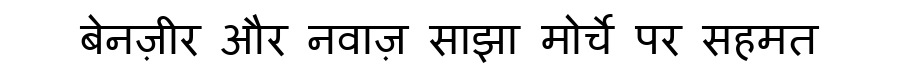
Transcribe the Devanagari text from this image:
बेनज़ीर और नवाज़ साझा मोर्चे पर सहमत